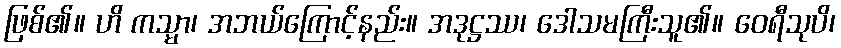
ဖြစ်၏။ ဟိ ကသ္မာ၊ အဘယ်ကြောင့်နည်း။ အဒုဋ္ဌဿ၊ ဒေါသမကြီးသူ၏။ ဝေရီသုပိ၊